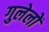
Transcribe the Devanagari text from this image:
गुलेलों